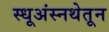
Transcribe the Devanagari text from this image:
स्धूअंस्नथेतून